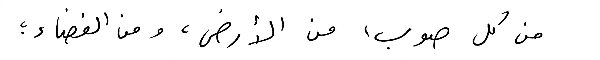
من كل صوب، من الأرض، ومن الفضاء؛